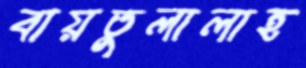
বায়তুলালাহ